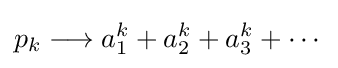
p_{k}\longrightarrow a_{1}^{k}+a_{2}^{k}+a_{3}^{k}+\cdots